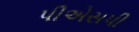
પીએસપી